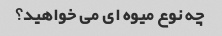
چه نوع میوه ای می خواهید؟